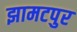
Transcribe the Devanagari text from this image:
झामटपुर